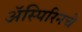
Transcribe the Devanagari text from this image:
ॲस्पिरिनचे